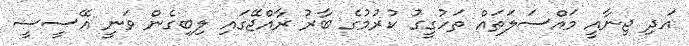
އަދި ޖިނާއީ މައްސަލަތައް ތަހުގީގު ކުރުމުގެ ބާރު ރާއްޖޭގައި ލިބިގެން ވަނީ އޭސީސީ